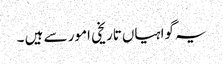
یہ گواہیاں‌تاریخی امور سے ہیں ۔